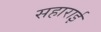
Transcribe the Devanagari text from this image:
सहाराई